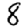
Digit: 8